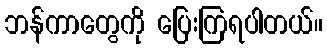
ဘန်ကာတွေကို ပြေးကြရပါတယ်။